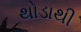
થોડાથી